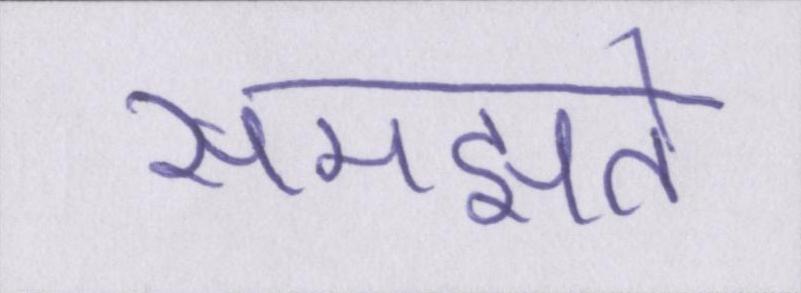
समझते